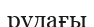
рудағы